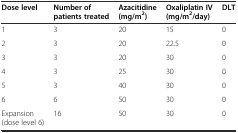
<table><thead><tr><td><b>Dose level</b></td><td><b>Number of patients treated</b></td><td><b>Azacitidine (mg/m<sup>2</sup>)</b></td><td><b>Oxaliplatin IV (mg/m<sup>2</sup>/day)</b></td><td><b>DLT</b></td></tr></thead><tbody><tr><td>1</td><td>3</td><td>20</td><td>15</td><td>0</td></tr><tr><td>2</td><td>3</td><td>20</td><td>22.5</td><td>0</td></tr><tr><td>3</td><td>3</td><td>20</td><td>30</td><td>0</td></tr><tr><td>4</td><td>3</td><td>25</td><td>30</td><td>0</td></tr><tr><td>5</td><td>3</td><td>40</td><td>30</td><td>0</td></tr><tr><td>6</td><td>6</td><td>50</td><td>30</td><td>0</td></tr><tr><td>Expansion (dose level 6)</td><td>16</td><td>50</td><td>30</td><td>0</td></tr></tbody></table>